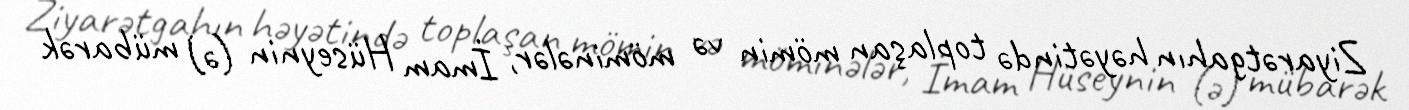
Ziyarətgahın həyətində toplaşan mömin və möminələr, İmam Hüseynin (ə) mübarək